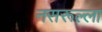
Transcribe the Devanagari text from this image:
नसरूल्ला